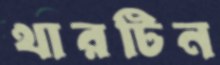
থারটিন